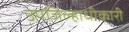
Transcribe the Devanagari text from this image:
उपजिल्हाधीकारी